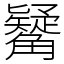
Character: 觺